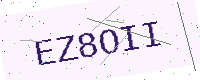
Text: EZ8OII